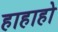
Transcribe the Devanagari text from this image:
हाहाहो